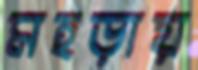
মহড়ায়